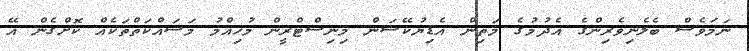
ނަމަވެސް ބެލެނިވެރިންގެ އެދުމުގެ މަތިން އެޑިޔުކޭޝަން މިނިސްޓްރީން މުހިއްމު މަސައްކަތްތަކެއް ކޮށްގެން އޭ